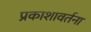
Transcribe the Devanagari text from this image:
प्रकाशावर्तना